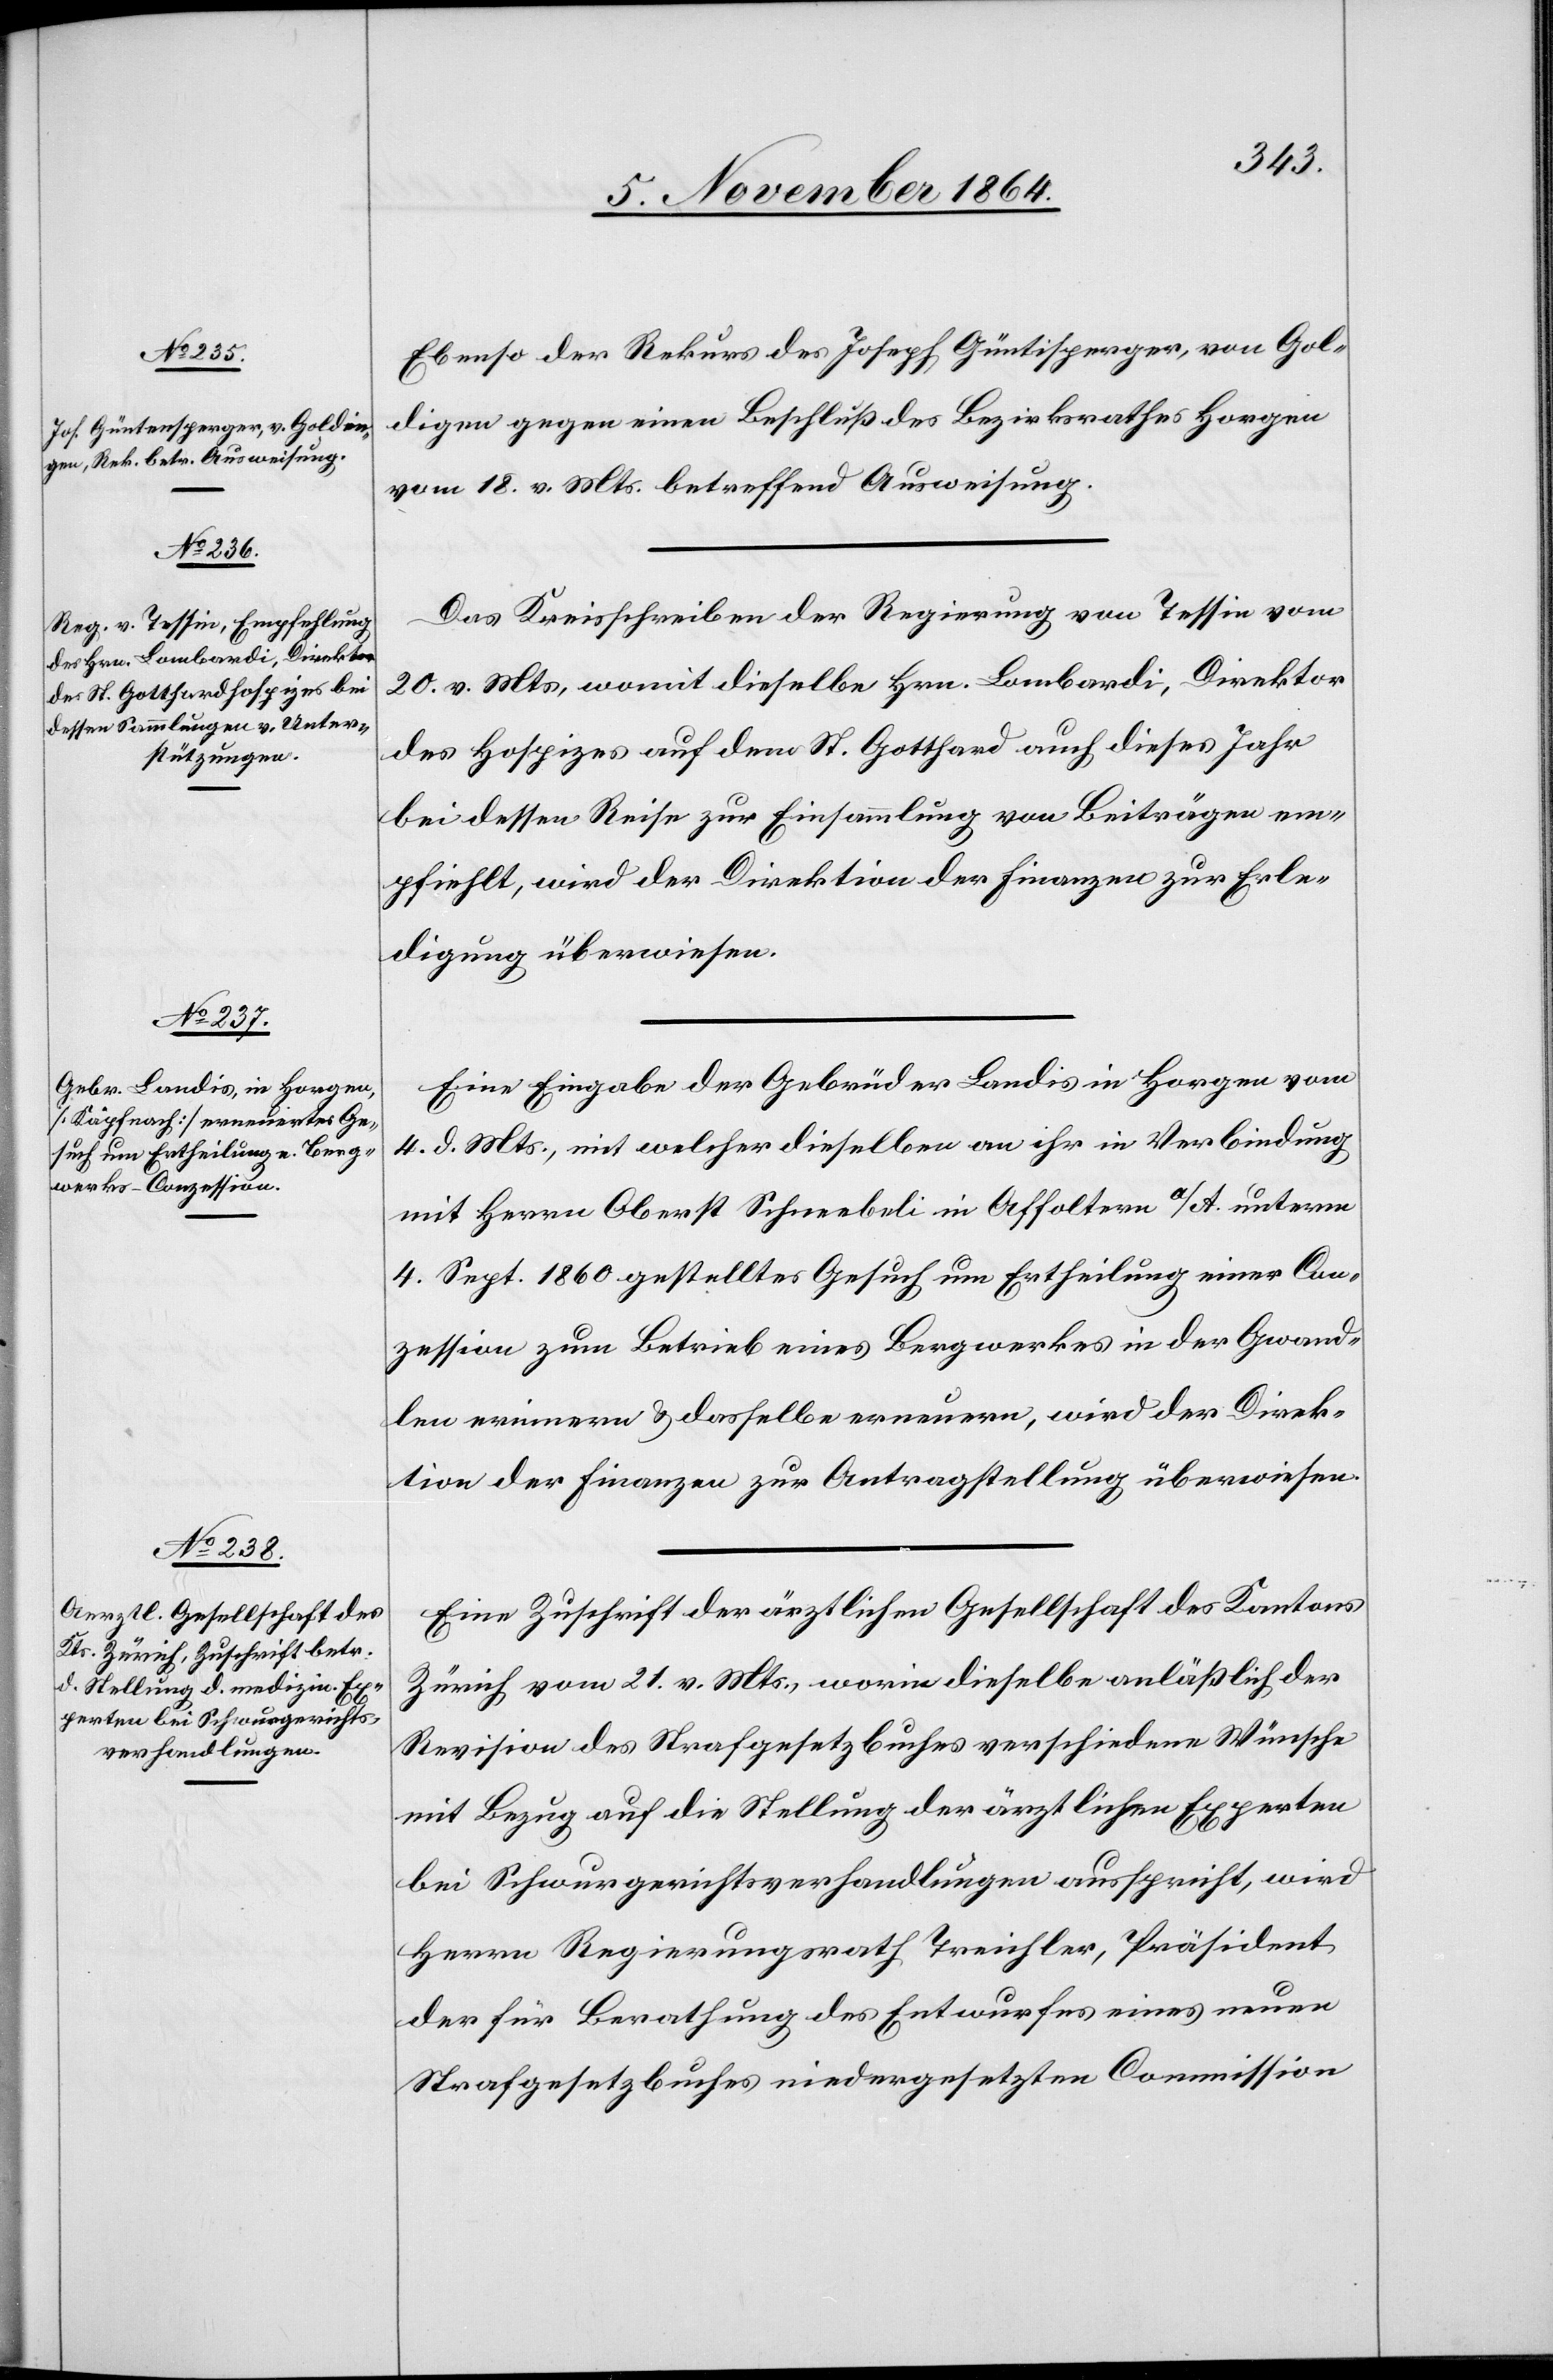
digen
7. November 1864.]
Ebenso der Rekurs des Joseph Güntisperger [sic!], von Gol¬
[sic!] gegen einen Beschluß des Bezirksrathes Horgen
vom 18. v. Mts. betreffend Ausweisung.
Das Kreisschreiben der Regierung von Tessin vom
20. v. Mts, womit dieselbe Hrn. Lombardi, Direktor
des Hospizes auf dem St. Gotthard auch dieses Jahr
bei dessen Reise zur Einsammlung von Beiträgen em¬
pfiehlt, wird der Direktion der Finanzen zur Erle¬
digung überwiesen.
Eine Eingabe der Gebrüder Landis in Horgen vom
4. d. Mts., mit welcher dieselben an ihr in Verbindung
mit Herrn Oberst Schneebeli in Affoltern a/A. unterm
4. Sept. 1860 gestelltes Gesuch um Ertheilung einer Con¬
zession zum Betrieb eines Bergwerkes in der Gwand¬
len erinnern & dasselbe erneuern, wird der Direk¬
tion der Finanzen zur Antragstellung überwiesen.
Eine Zuschrift der ärztlichen Gesellschaft des Kantons
Zürich vom 21. v. Mts., worin dieselbe anläßlich der
Revision des Strafgesetzbuches verschiedene Wünsche
mit Bezug auf die Stellung der ärztlichen Experten
bei Schwurgerichtsverhandlungen ausspricht, wird
Herrn Regierungsrath Treichler, Präsident
der für Berathung des Entwurfes eines neuen
Strafgesetzbuches niedergesetzten Commission